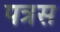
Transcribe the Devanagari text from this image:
पत्रस